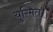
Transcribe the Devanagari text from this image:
युग्मित।